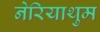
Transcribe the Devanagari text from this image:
नेरियाथुम